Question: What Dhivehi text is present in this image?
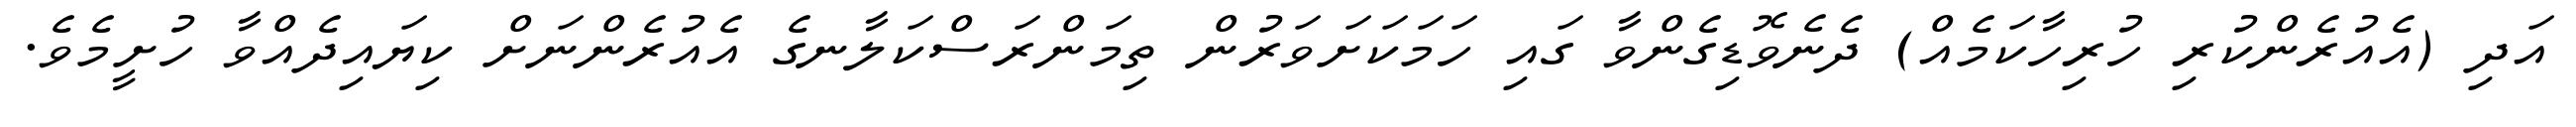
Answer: އަދި (އެއުރެންކުރި ހުރިހާކަމެއް) ދެނެވޮޑިގެންވާ ގައި ހަމަކަށަވަރުން ތިމަންރަސްކަލާނގެ އެއުރެންނަށް ކިޔައިދެއްވާ ހުށީމެވެ.